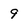
Character: 9